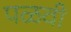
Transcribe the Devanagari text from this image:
पळवी